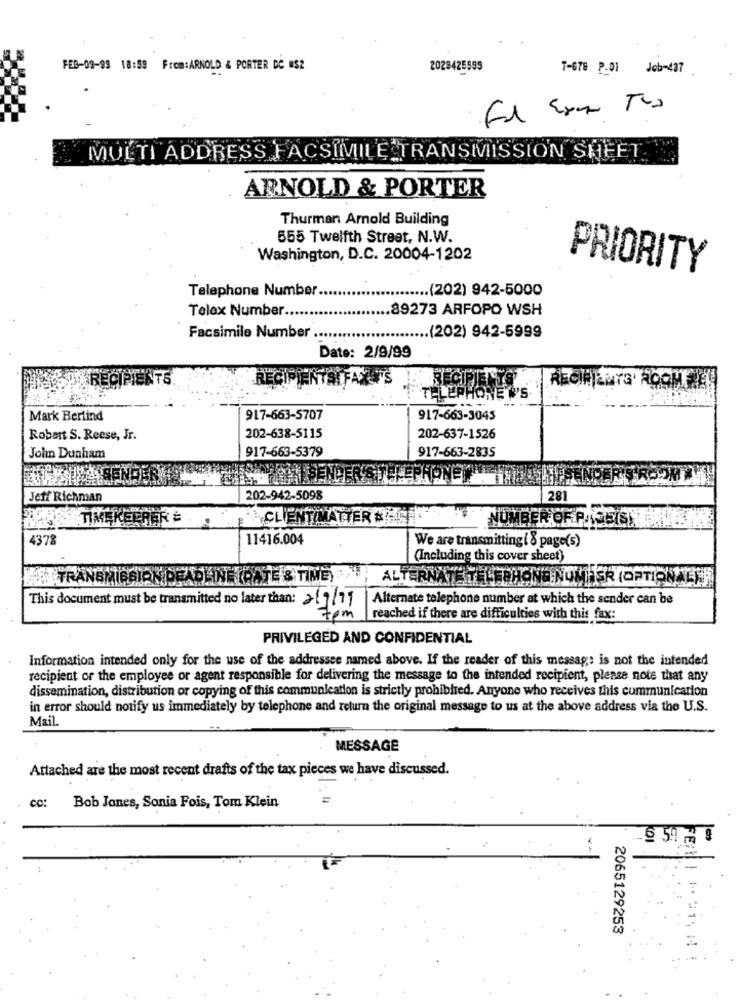
FEB-09-98 18:59 From:ARNOLD & PORTER DC NS2
2028425999
7-678 P.01 Job-437
MULTI ADDRESS FACSIMILE TRANSMISSION SHEET.
ARNOLD & PORTER
Thurman Arnold Building
555 Twelfth Street, N.W.
Washington, D.C. 20004-1202
PRIORITY
Telephone Number
.. (202) 942-5000
Telex Number.
.89273 ARFOPO WSH
Facsimile Number ..
.. (202) 942-5999
Date: 2/9/99
RECIPIENTS
ŘE
RECIPIENTS ROOM EL
TELEPHONE W'S
Mark Berlind
917-663-5707
917-663-3045
Robert S. Reese, Jr.
202-638-5115
202-637-1526
917-663-5379
917-663-2835
John Dunham
Jeff Richman
202-942-5098
281
TIMEKEEPER =
CLIENTIMATTER #2.
NUMBER OF PACEISI
4378
11416.004
We are transmitting ( 8 page(s)
(Including this cover sheet)
TRANSMISSION DEADLINETRATE & TIME,
ALTERNATOR I- PHONE NOM ER (OPTIONAL)
Alternate telephone number at which the sender can be
This document must be transmitted no later than: 2/9/11
7pm
reached if there are difficulties with this fax:
PRIVILEGED AND CONFIDENTIAL
Information intended only for the use of the addressee named above. If the reader of this message is not the intended
recipient or the employee or agent responsible for delivering the message to the intended recipient, please note that any
dissemination, distribution or copying of this communication is strictly prohibited. Anyone who receives this communication
in error should notify us immediately by telephone and return the original message to us at the above address via the U.S.
Mail.
MESSAGE
Attached are the most recent drafts of the tax pieces we have discussed.
cc:
Bob Jones, Sonia Fois, Tom Klein
FE
2065129253